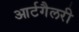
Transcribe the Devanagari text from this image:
आर्टगैलरी